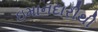
ઇમાનદારીથી